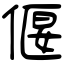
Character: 偃